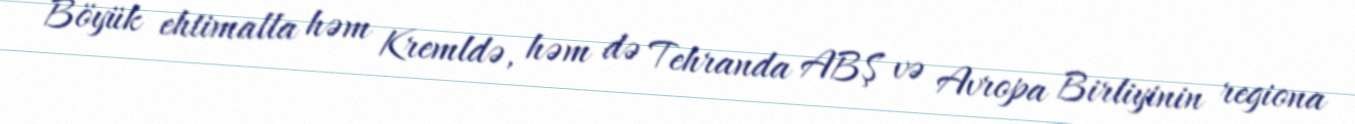
Böyük ehtimalla həm Kremldə, həm də Tehranda ABŞ və Avropa Birliyinin regiona